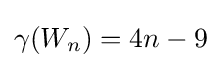
\gamma (W_{n})=4n-9